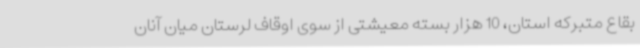
بقاع متبرکه استان، 10 هزار بسته معیشتی از سوی اوقاف لرستان میان آنان